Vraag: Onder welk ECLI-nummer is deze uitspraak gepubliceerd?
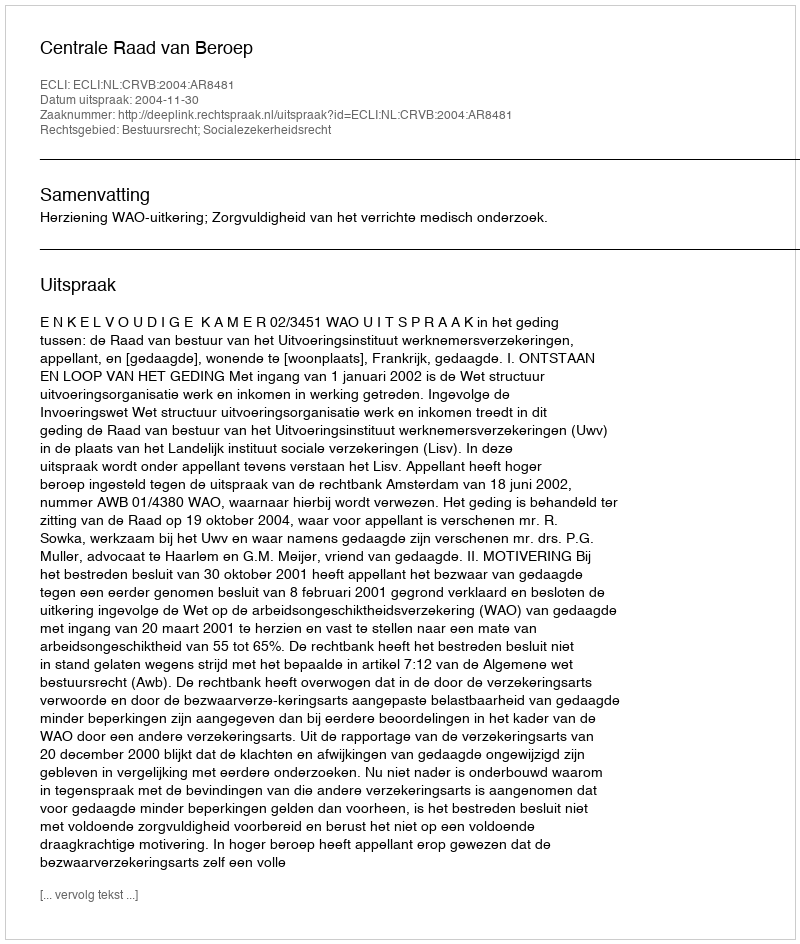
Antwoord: ECLI:NL:CRVB:2004:AR8481